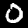
Digit: 0